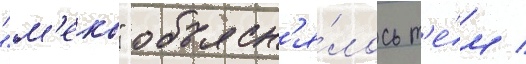
"м'еко" объясн'я́лось т'е́м /